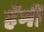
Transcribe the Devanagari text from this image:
हॅमी